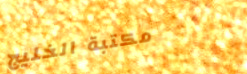
مكتبة الخليج